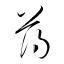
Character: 薄